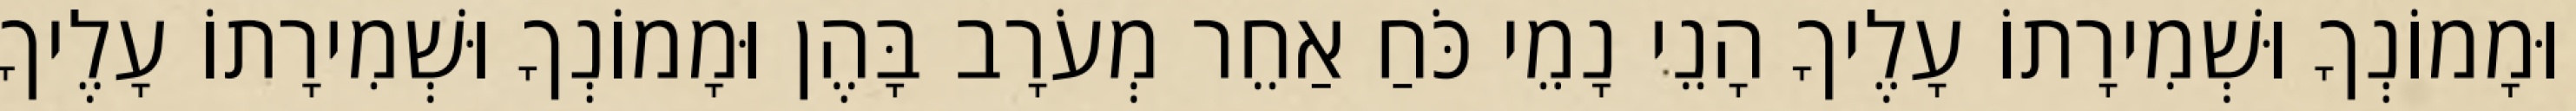
וּמָמוֹנְךָ וּשְׁמִירָתוֹ עָלֶיךָ הָנֵי נָמֵי כֹּחַ אַחֵר מְעֹרָב בָּהֶן וּמָמוֹנְךָ וּשְׁמִירָתוֹ עָלֶיךָ